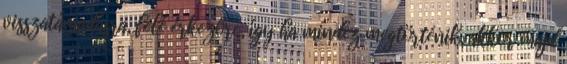
visszatámadásra, felé érkezőre, így ha mindez megtörténik, akkor majd